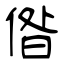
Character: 偺